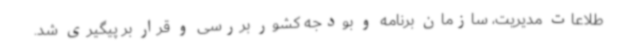
طلاعات مدیریت، سازمان برنامه و بودجه کشور بررسی و قرار بر پیگیری شد.